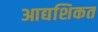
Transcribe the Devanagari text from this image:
आद्यशिकत